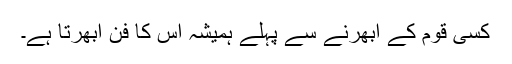
کسی قوم کے ابھرنے سے پہلے ہمیشہ اس کا فن ابھرتا ہے۔